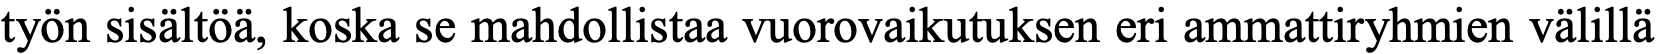
työn sisältöä, koska se mahdollistaa vuorovaikutuksen eri ammattiryhmien välillä